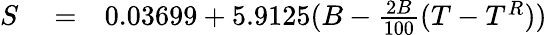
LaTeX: \begin{array}{rlr}{S}&{{}=}&{0.03699+5.9125(B-{\frac{2B}{100}}(T-T^{R}))}\end{array}